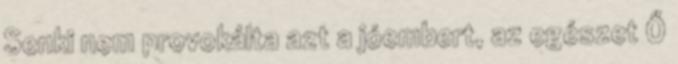
Senki nem provokálta azt a jóembert, az egészet Ő